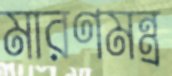
মারণমন্ত্র